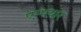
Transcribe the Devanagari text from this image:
एम्पयार